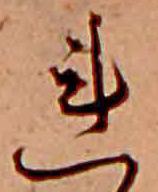
れ